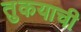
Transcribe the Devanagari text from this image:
तुकयाची